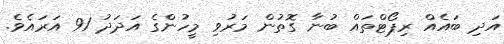
އަދި ބައެއް ރިޕޯޓްތައް ބުނާ ގޮތުން މަރުވި މީހުންގެ އަދަދު 91 އަރައެވެ.